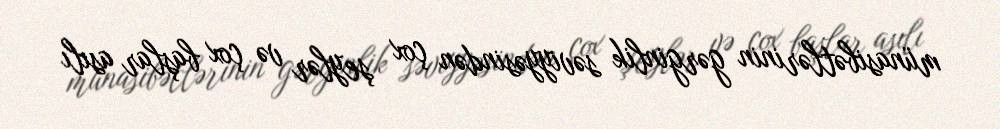
münasibətlərinin gərginlik səviyyəsindən çox şeylər və çox başlar asılı